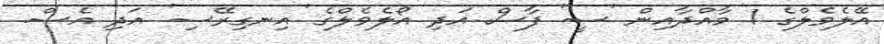
އޭލެވެލްގެ 1 މާއްދާއިން 'ސީ' ފާސް އަދި އޯލެވެލްގެ 'އިނގިރޭސި' އަދި އެސް.